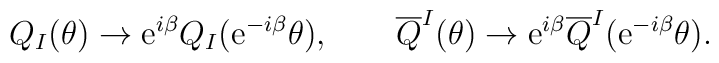
Q_{I}(\theta)\rightarrow {\rm e}^{i\beta}Q_{I}({\rm e}^{-i\beta}\theta),\qquad{\overline Q}^I(\theta)\rightarrow {\rm e}^{i\beta}{\overline Q}^I({\rm e}^{-i\beta}\theta).